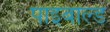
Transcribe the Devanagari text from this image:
पाइबाल्ड